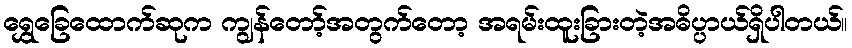
ရွှေခြေထောက်ဆုက ကျွန်တော့်အတွက်တော့ အရမ်းထူးခြားတဲ့အဓိပ္ပာယ်ရှိပါတယ်။